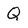
Character: Q